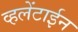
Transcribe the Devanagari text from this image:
व्हलेंटाईन